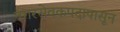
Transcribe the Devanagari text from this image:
नगरसेवकपदापासून